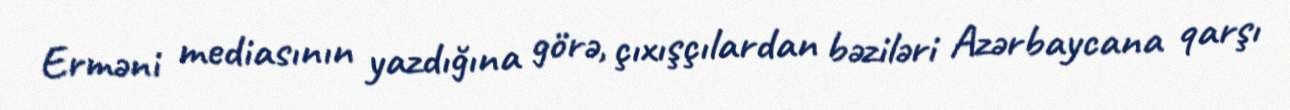
Erməni mediasının yazdığına görə, çıxışçılardan bəziləri Azərbaycana qarşı